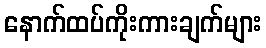
နောက်ထပ်ကိုးကားချက်များ